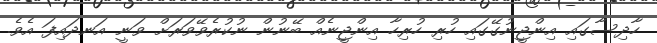
ހާދިސާގައި އިންޖީނުގޭގައި ހުރި ހުރިހާ އިންޖީނެއް ބޭނުން ނުކުރެވޭވަރަށް ވަނީ އަނދައިފަ އެވެ.